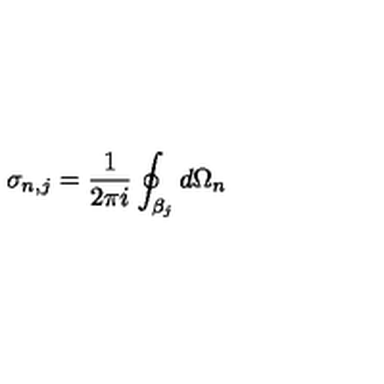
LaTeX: \sigma _ { n , j } = \frac { 1 } { 2 \pi i } \oint _ { \beta _ { j } } d \Omega _ { n }